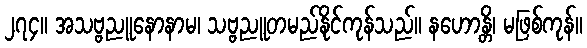
၂၇၄။ အသဗ္ဗညူနောနာမ၊ သဗ္ဗညူတမည်နိုင်ကုန်သည်။ နဟောန္တိ၊ မဖြစ်ကုန်။